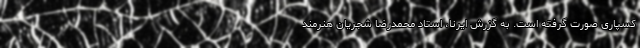
کسپاری صورت گرفته است. به گزرش ایرنا، استاد محمدرضا شجریان هنرمند